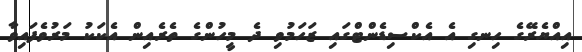
އިއްޔެރޭގެ ހިނގި އެ އެކްސިޑެންޓްގައި ޒަހަމުވި ދެ މީހުންގެ ތެރެއިން އެކަކު މަރުވެފައިވާ